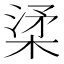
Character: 𣓥